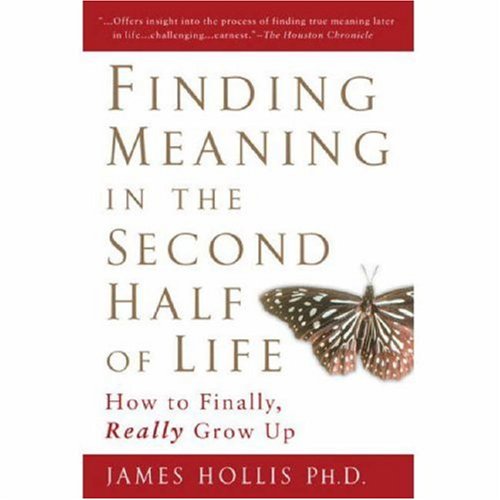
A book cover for Finding Meaning in the Second Half of Life: How to Finally, Really Grow Up; James Hollis; Health, Fitness & Dieting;